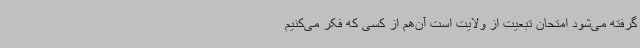
گرفته می‌شود امتحان تبعیت از ولایت است آن‌هم از کسی که فکر می‌کنیم